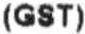
(GST)